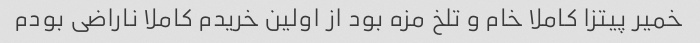
خمیر پیتزا کاملا خام و تلخ مزه بود از اولین خریدم کاملا ناراضی بودم